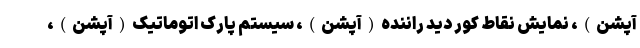
آپشن)، نمایش نقاط کور دید راننده(آپشن)، سیستم پارک اتوماتیک(آپشن)،